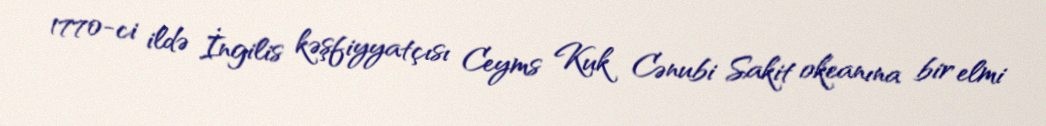
1770-ci ildə İngilis kəşfiyyatçısı Ceyms Kuk Cənubi Sakit okeanına bir elmi